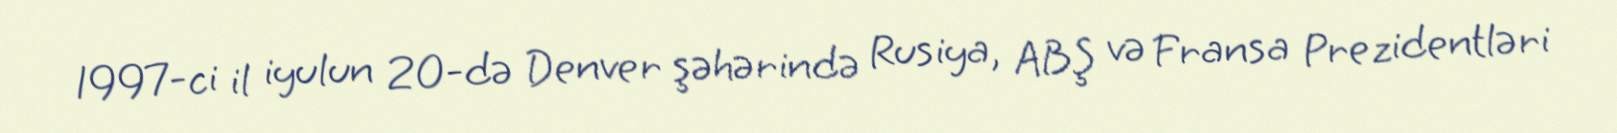
1997-ci il iyulun 20-də Denver şəhərində Rusiya, ABŞ və Fransa Prezidentləri